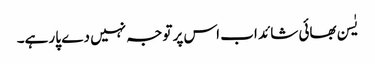
یٰسن بھائی شائد اب اس پر توجہ نہیں دے پا رہے۔